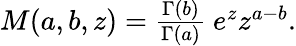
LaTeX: \begin{array}{r}{M(a,b,z)=\frac{\Gamma(b)}{\Gamma(a)}\ e^{z}z^{a-b}.}\end{array}